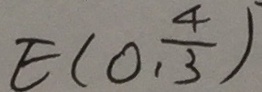
E ( 0 , \frac { 4 } { 3 } )